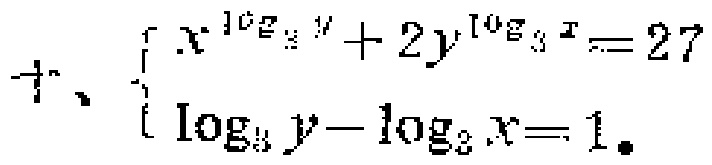
\[
\begin{cases}
x^{\log_{3}y}+2y^{\log_{3}x}=27 \\
\log_{3}y - \log_{3}x = 1
\end{cases}
\]